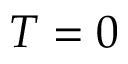
T = 0